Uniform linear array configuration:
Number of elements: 8
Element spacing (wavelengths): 0.5
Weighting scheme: hamming
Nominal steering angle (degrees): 0
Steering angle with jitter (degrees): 1.704
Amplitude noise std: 0.05
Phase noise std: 0.05

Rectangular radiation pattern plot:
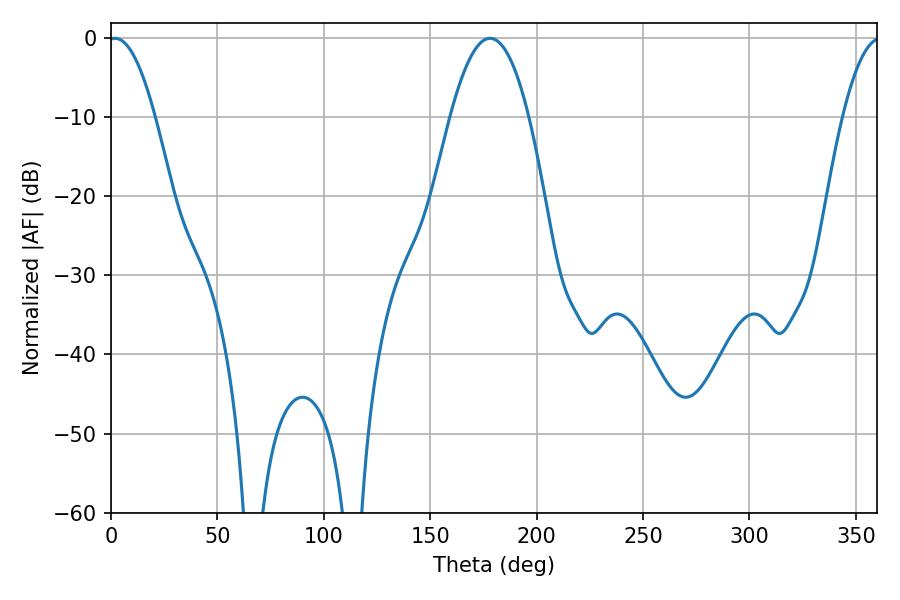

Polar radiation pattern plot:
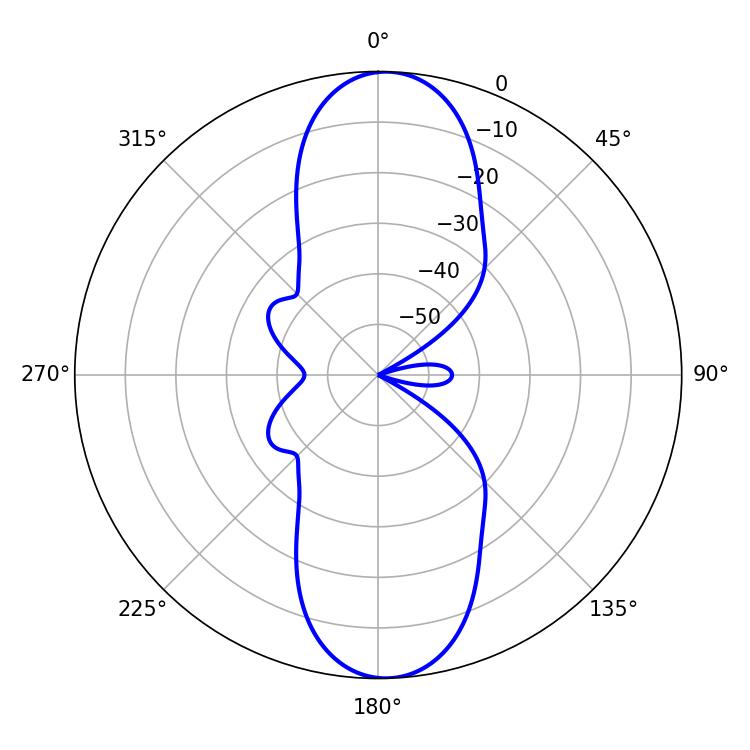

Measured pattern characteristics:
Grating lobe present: FALSE
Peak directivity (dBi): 18.478
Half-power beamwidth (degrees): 12.06
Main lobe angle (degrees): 1.98